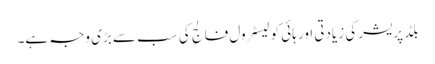
بلڈ پریشر کی زیادتی اور ہائی کولیسٹرول فالج کی سب سے بڑی وجہ ہے۔